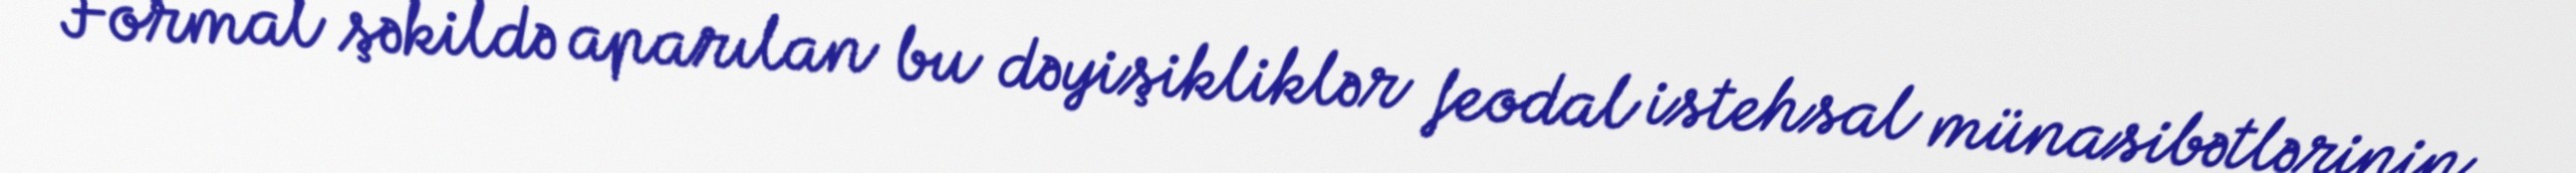
Formal şəkildə aparılan bu dəyişikliklər feodal istehsal münasibətlərinin